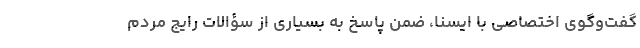
گفت‌وگوی اختصاصی با ایسنا، ضمن پاسخ به بسیاری از سؤالات رایج مردم